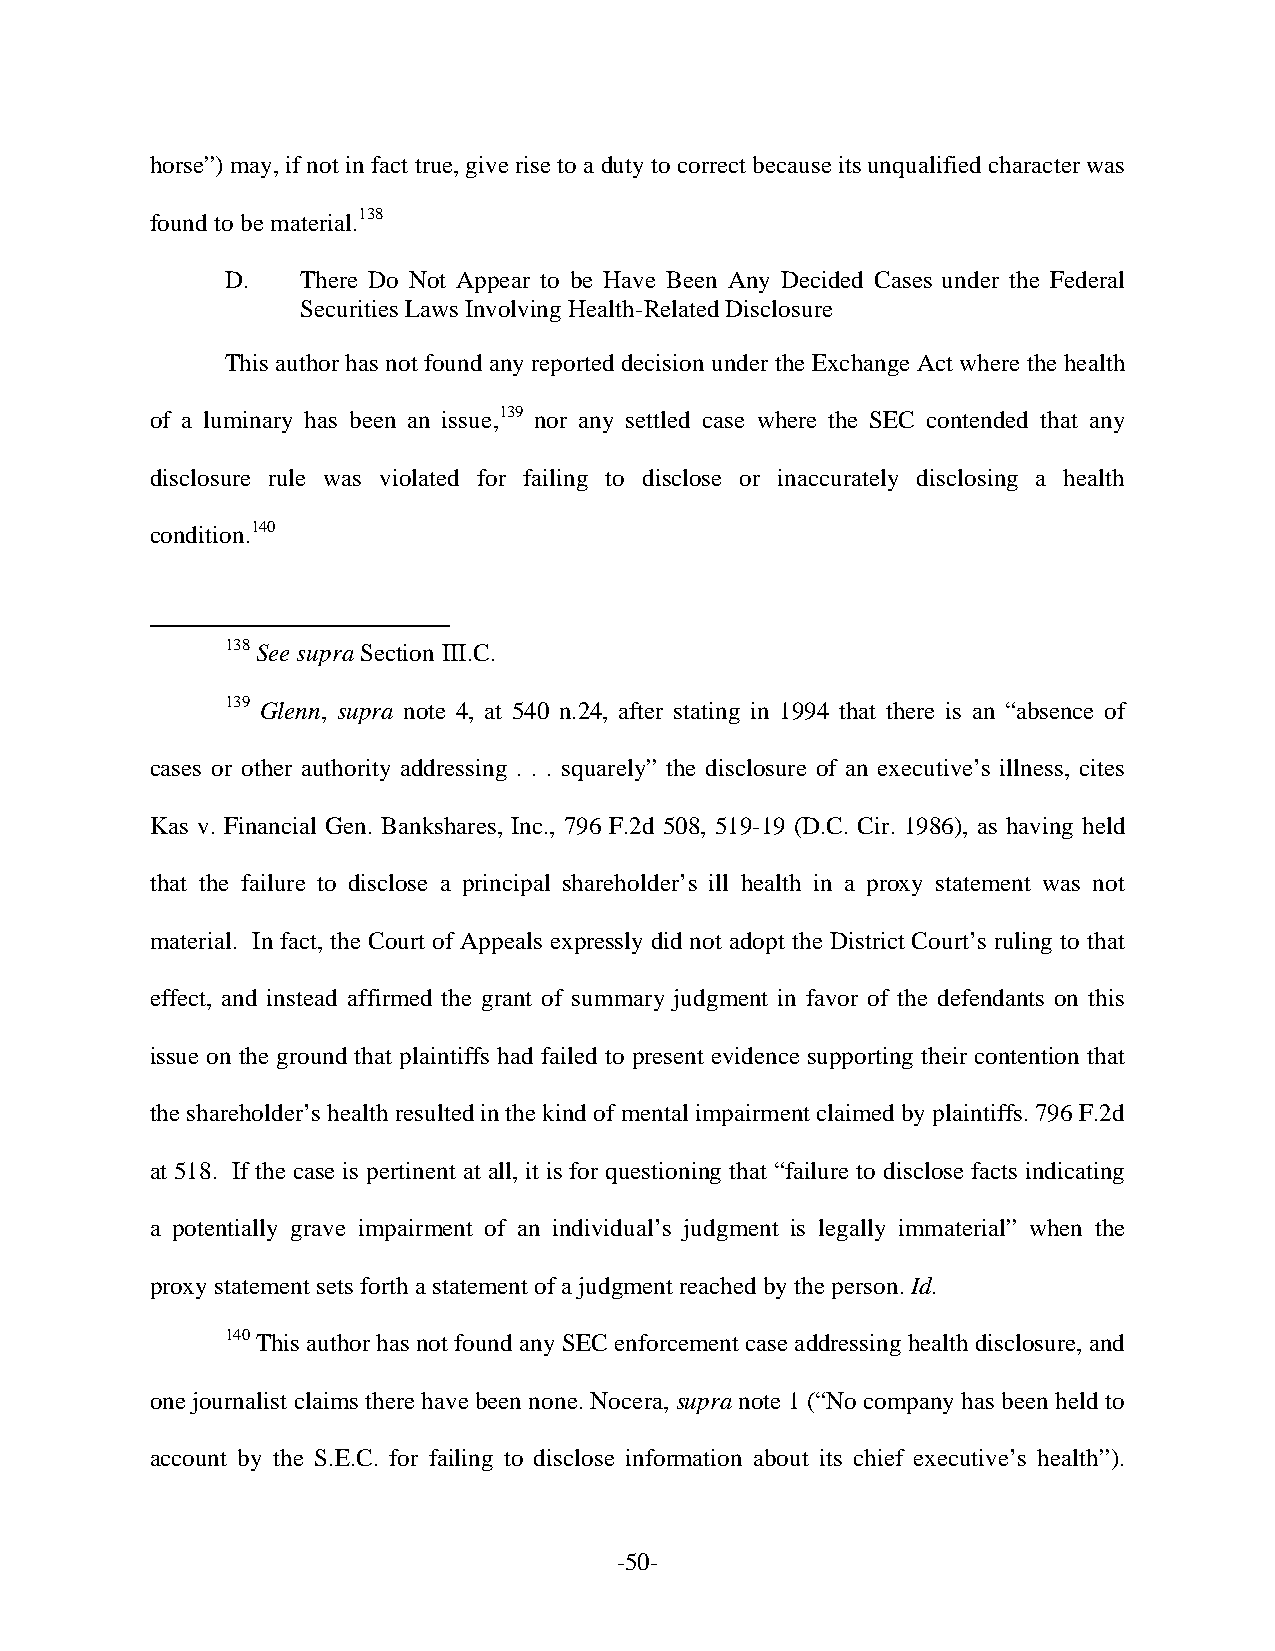
horse”) may, if not in fact true, give rise to a duty to correct because its unqualified character was
 found to be material.138
 D.   There Do Not Appear to be Have Been Any Decided Cases under the Federal
 Securities Laws Involving Health-Related Disclosure
 This author has not found any reported decision under the Exchange Act where the health
 of a luminary has been an issue,139 nor any settled case where the SEC contended that any
 disclosure rule was violated for failing to disclose or inaccurately disclosing a health
 condition.140
 138 See supra Section III.C.
 139 Glenn, supra note 4, at 540 n.24, after stating in 1994 that there is an “absence of
 cases or other authority addressing . . . squarely” the disclosure of an executive’s illness, cites
 Kas v. Financial Gen. Bankshares, Inc., 796 F.2d 508, 519-19 (D.C. Cir. 1986), as having held
 that the failure to disclose a principal shareholder’s ill health in a proxy statement was not
 material. In fact, the Court of Appeals expressly did not adopt the District Court’s ruling to that
 effect, and instead affirmed the grant of summary judgment in favor of the defendants on this
 issue on the ground that plaintiffs had failed to present evidence supporting their contention that
 the shareholder’s health resulted in the kind of mental impairment claimed by plaintiffs. 796 F.2d
 at 518. If the case is pertinent at all, it is for questioning that “failure to disclose facts indicating
 a potentially grave impairment of an individual’s judgment is legally immaterial” when the
 proxy statement sets forth a statement of a judgment reached by the person. Id.
 140 This author has not found any SEC enforcement case addressing health disclosure, and
 one journalist claims there have been none. Nocera, supra note 1 (“No company has been held to
 account by the S.E.C. for failing to disclose information about its chief executive’s health”).
 -50-